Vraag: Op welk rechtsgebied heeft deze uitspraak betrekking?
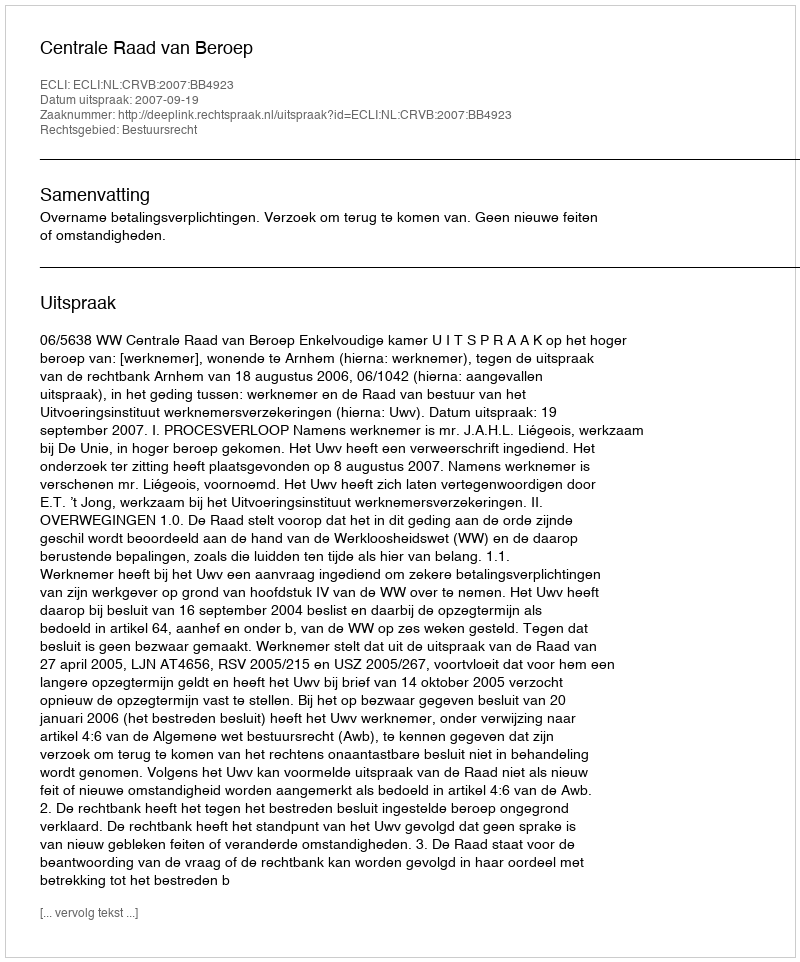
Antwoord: Bestuursrecht